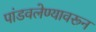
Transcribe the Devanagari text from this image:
पांडवलेण्यावरून